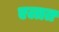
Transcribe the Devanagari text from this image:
एलात